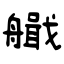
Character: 艥